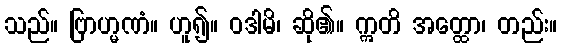
သည်။ ဗြာဟ္မဏံ။ ဟူ၍။ ဝဒါမိ၊ ဆို၏။ ဣတိ အတ္ထော၊ တည်း။